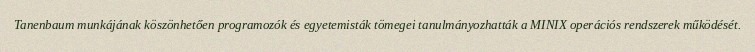
Tanenbaum munkájának köszönhetően programozók és egyetemisták tömegei tanulmányozhatták a MINIX operációs rendszerek működését.